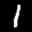
Label: 1